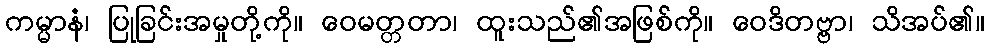
ကမ္မာနံ၊ ပြုခြင်းအမှုတို့ကို။ ဝေမတ္တတာ၊ ထူးသည်၏အဖြစ်ကို။ ဝေဒိတဗ္ဗာ၊ သိအပ်၏။